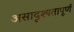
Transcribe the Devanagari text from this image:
असादृश्यतापूर्ण